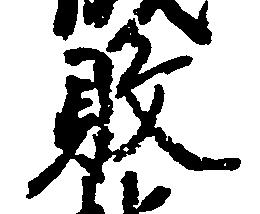
敗